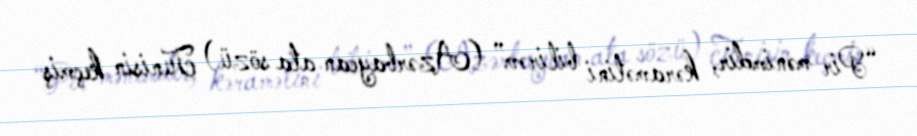
“Pir mənimdir, kəramətini bilirəm” (Azərbaycan ata sözü) Tunisin keçmiş